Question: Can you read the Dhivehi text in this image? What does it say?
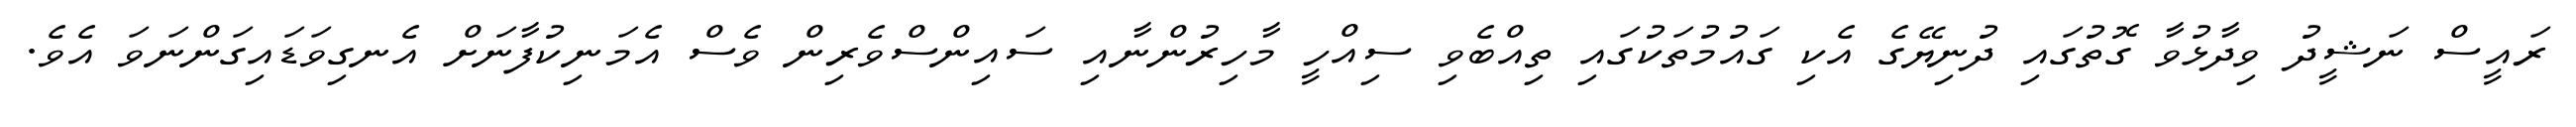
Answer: ރައީސް ނަޝީދު ވިދާޅުވާ ގޮތުގައި ދުނިޔޭގެ އެކި ގައުމުތަކުގައި ތިއްބެވި ސިއްހީ މާހިރުންނާއި ސައިންސްވެރިން ވެސް އެމަނިކުފާނަށް އެނގިވަޑައިގަންނަވަ އެވެ.